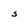
Character: S